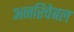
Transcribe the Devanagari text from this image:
अनरिचेबल